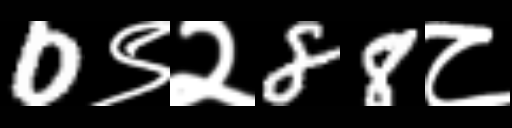
Text: 0९२88८